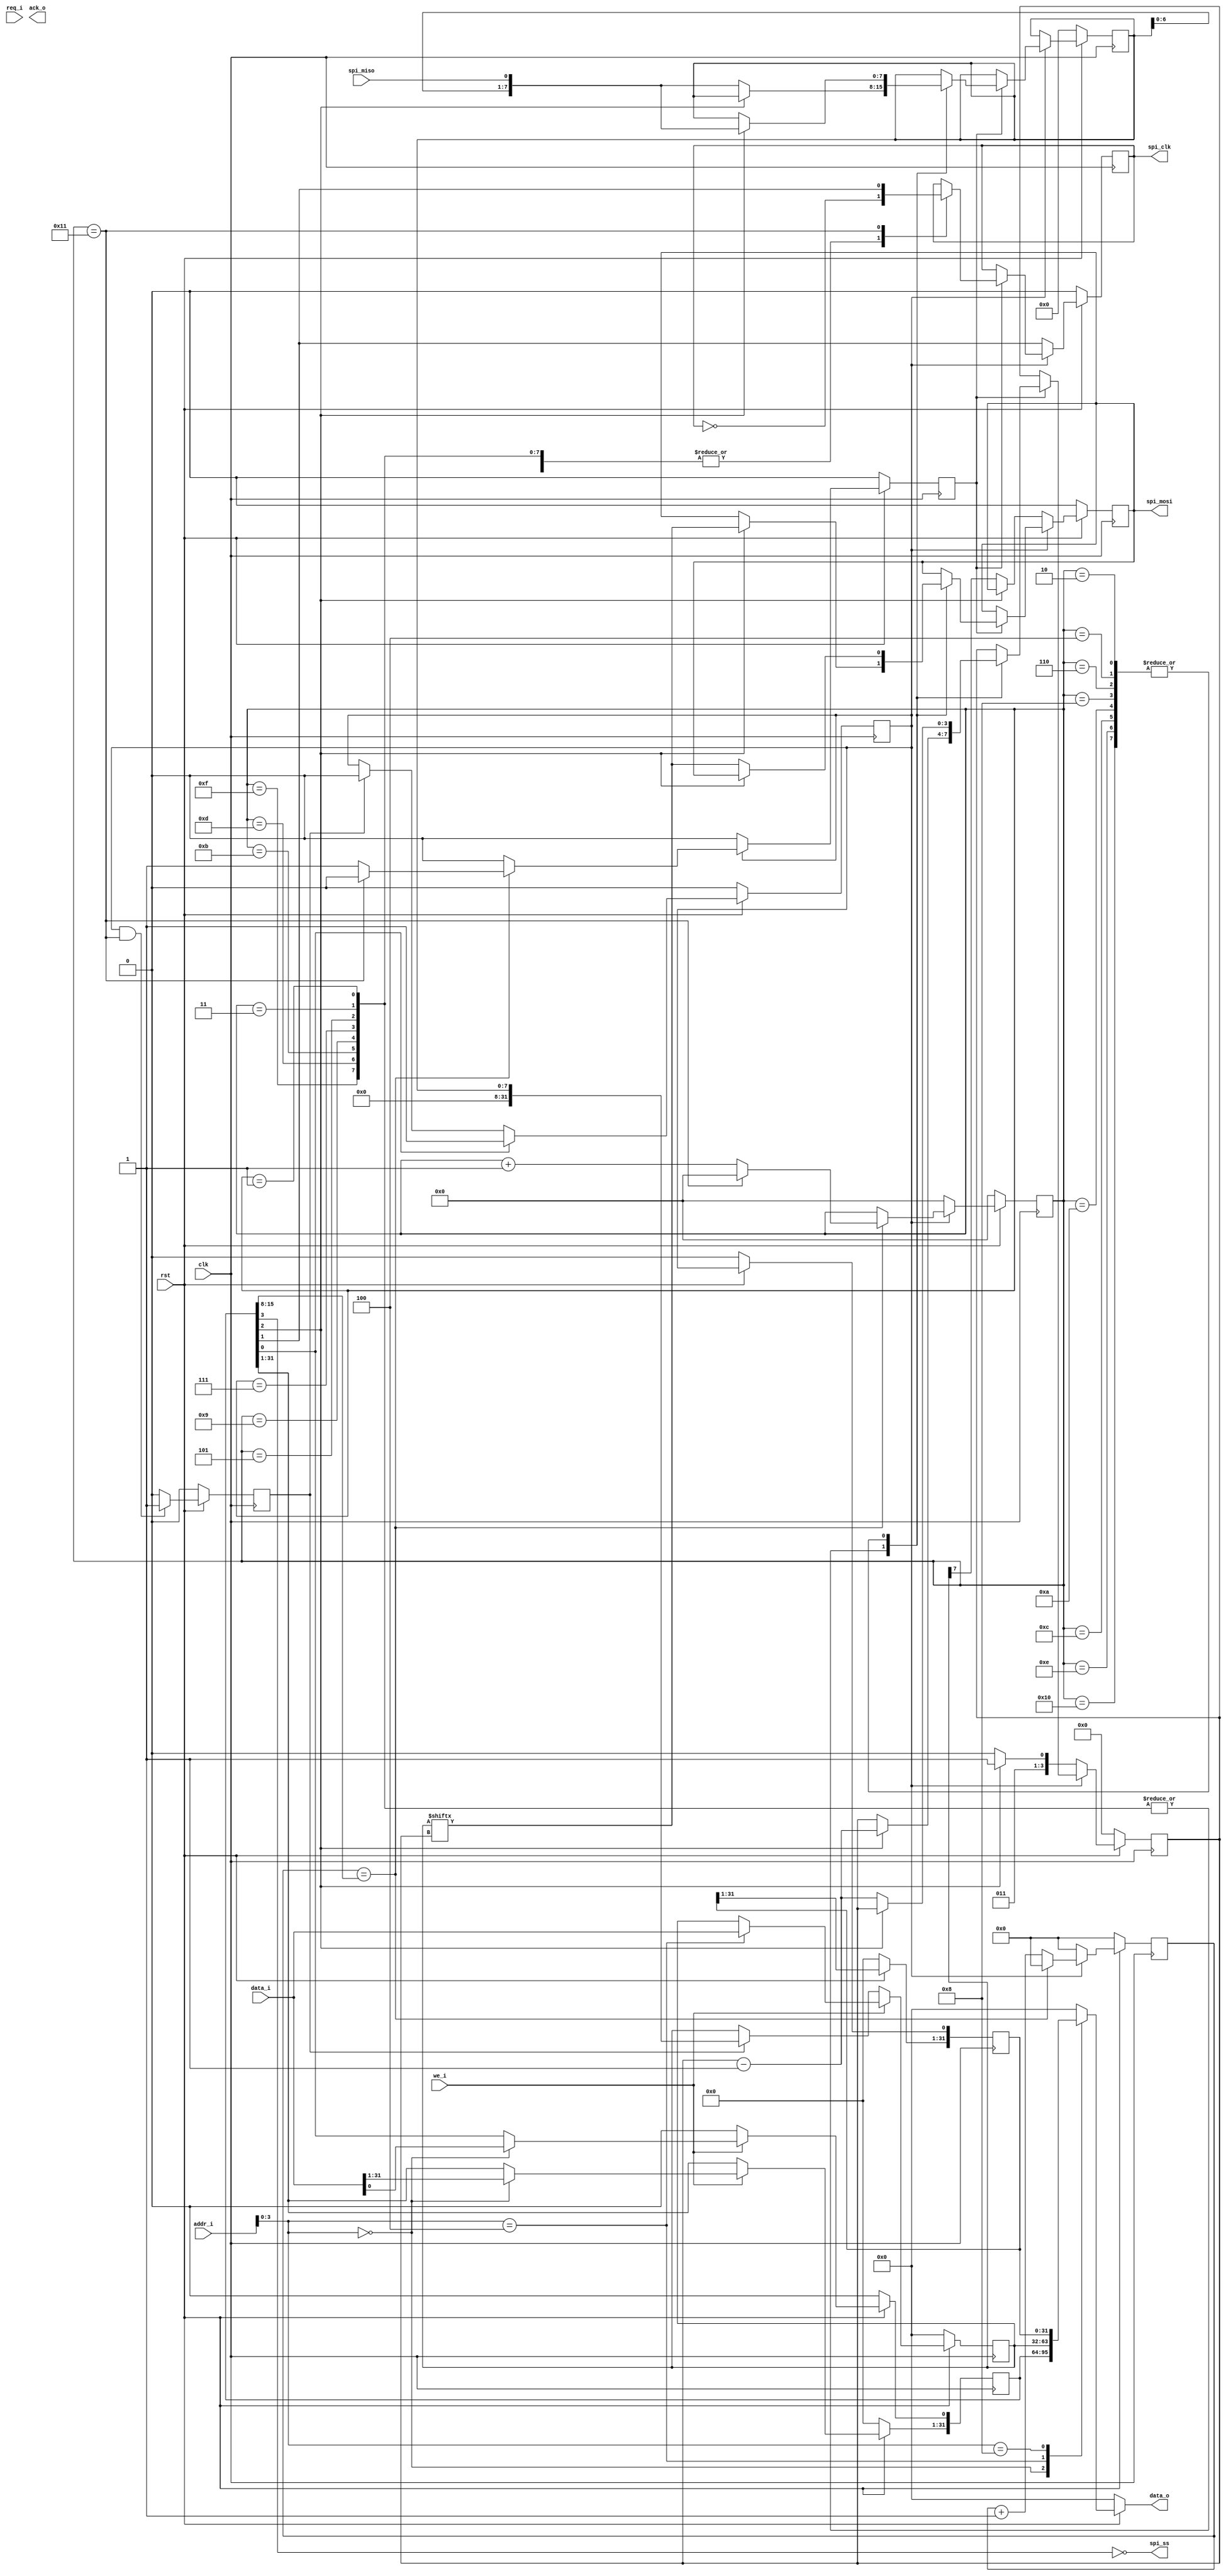
 

// spi 
module spi(

    input wire clk,
    input wire rst,

    input wire[31:0] data_i,
    input wire[31:0] addr_i,
    input wire we_i,
    input wire req_i,

    output reg[31:0] data_o,
    output reg ack_o,

    output reg spi_mosi,             // 
    input wire spi_miso,             // 
    output wire spi_ss,              // 
    output reg spi_clk               // 

    );


    localparam SPI_CTRL   = 4'h0;    // 
    localparam SPI_DATA   = 4'h4;    // 
    localparam SPI_STATUS = 4'h8;    // 


    reg[31:0] spi_ctrl;
    // 
    // 
    // 
    reg[31:0] spi_data;
    // 
    //
    // 
    reg[31:0] spi_status;

    reg[8:0] clk_cnt;               // 
    reg en;                         // ?
    reg[4:0] spi_clk_edge_cnt;      // 
    reg spi_clk_edge_level;         // 
    reg[7:0] rdata;                 // 
    reg done;                       // 
    reg[3:0] bit_index;             // 
    wire[8:0] div_cnt;


    assign spi_ss = ~spi_ctrl[3];   // 

    assign div_cnt = spi_ctrl[15:8];// 


    // 
    // 
    always @ (posedge clk) begin
        if (rst == 1'b0) begin
            en <= 1'b0;
        end else begin
            if (spi_ctrl[0] == 1'b1) begin
                en <= 1'b1;
            end else if (done == 1'b1) begin
                en <= 1'b0;
            end else begin
                en <= en;
            end
        end
    end

    // ?
    always @ (posedge clk) begin
        if (rst == 1'b0) begin
            clk_cnt <= 9'h0;
        end else if (en == 1'b1) begin
            if (clk_cnt == div_cnt) begin
                clk_cnt <= 9'h0;
            end else begin
                clk_cnt <= clk_cnt + 1'b1;
            end
        end else begin
            clk_cnt <= 9'h0;
        end
    end

    // 
    // 
    always @ (posedge clk) begin
        if (rst == 1'b0) begin
            spi_clk_edge_cnt <= 5'h0;
            spi_clk_edge_level <= 1'b0;
        end else if (en == 1'b1) begin
            // ?
            if (clk_cnt == div_cnt) begin
                if (spi_clk_edge_cnt == 5'd17) begin
                    spi_clk_edge_cnt <= 5'h0;
                    spi_clk_edge_level <= 1'b0;
                end else begin
                    spi_clk_edge_cnt <= spi_clk_edge_cnt + 1'b1;
                    spi_clk_edge_level <= 1'b1;
                end
            end else begin
                spi_clk_edge_level <= 1'b0;
            end
        end else begin
            spi_clk_edge_cnt <= 5'h0;
            spi_clk_edge_level <= 1'b0;
        end
    end

    // 
    always @ (posedge clk) begin
        if (rst == 1'b0) begin
            spi_clk <= 1'b0;
            rdata <= 8'h0;
            spi_mosi <= 1'b0;
            bit_index <= 4'h0;
        end else begin
            if (en) begin
                if (spi_clk_edge_level == 1'b1) begin
                    case (spi_clk_edge_cnt)
                        // ?
                        1, 3, 5, 7, 9, 11, 13, 15: begin
                            spi_clk <= ~spi_clk;
                            if (spi_ctrl[2] == 1'b1) begin
                                spi_mosi <= spi_data[bit_index];   // 
                                bit_index <= bit_index - 1'b1;
                            end else begin
                                rdata <= {rdata[6:0], spi_miso};   // 
                            end
                        end
                        // 
                        2, 4, 6, 8, 10, 12, 14, 16: begin
                            spi_clk <= ~spi_clk;
                            if (spi_ctrl[2] == 1'b1) begin
                                rdata <= {rdata[6:0], spi_miso};   // 
                            end else begin
                                spi_mosi <= spi_data[bit_index];   // 
                                bit_index <= bit_index - 1'b1;
                            end
                        end
                        17: begin
                            spi_clk <= spi_ctrl[1];
                        end
                    endcase
                end
            end else begin
                // ?
                spi_clk <= spi_ctrl[1];
                if (spi_ctrl[2] == 1'b0) begin
                    spi_mosi <= spi_data[7];           // 
                    bit_index <= 4'h6;
                end else begin
                    bit_index <= 4'h7;
                end
            end
        end
    end

    // 
    always @ (posedge clk) begin
        if (rst == 1'b0) begin
            done <= 1'b0;
        end else begin
            if (en && spi_clk_edge_cnt == 5'd17) begin
                done <= 1'b1;
            end else begin
                done <= 1'b0;
            end
        end
    end

    // write reg
    always @ (posedge clk) begin
        if (rst == 1'b0) begin
            spi_ctrl <= 32'h0;
            spi_data <= 32'h0;
            spi_status <= 32'h0;
        end else begin
            spi_status[0] <= en;
            if (we_i == 1'b1) begin
                case (addr_i[3:0])
                    SPI_CTRL: begin
                        spi_ctrl <= data_i;
                    end
                    SPI_DATA: begin
                        spi_data <= data_i;
                    end
                    default: begin

                    end
                endcase
            end else begin
                spi_ctrl[0] <= 1'b0;
                //
                if (done == 1'b1) begin
                    spi_data <= {24'h0, rdata};
                end
            end
        end
    end

    // read reg
    always @ (*) begin
        if (rst == 1'b0) begin
            data_o = 32'h0;
        end else begin
            case (addr_i[3:0])
                SPI_CTRL: begin
                    data_o = spi_ctrl;
                end
                SPI_DATA: begin
                    data_o = spi_data;
                end
                SPI_STATUS: begin
                    data_o = spi_status;
                end
                default: begin
                    data_o = 32'h0;
                end
            endcase
        end
    end

endmodule